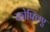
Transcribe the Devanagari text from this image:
कोफ्लिए